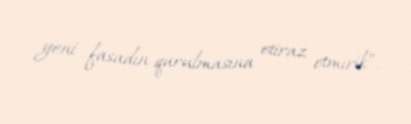
yeni fasadın qurulmasına etiraz etmirik”.